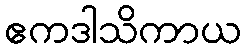
ဧကဒါသိကာယ